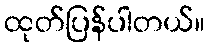
ထုတ်ပြန်ပါတယ်။